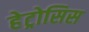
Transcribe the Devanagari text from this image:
हेट्रोसिस